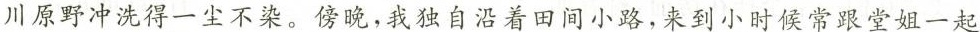
川原野冲洗得一尘不染。傍晚，我独自沿着田间小路，来到小时候常跟堂姐一起